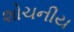
શોચનીય